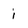
Character: i